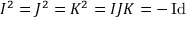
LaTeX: I ^ { 2 } = J ^ { 2 } = K ^ { 2 } = I J K = - \operatorname { I d }